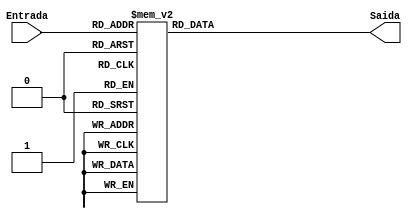
module BCDto7SegsVHDL(Entrada, Saida);
	input [3:0]Entrada;
	output reg [6:0]Saida;
	always @(*)
	begin
		case(Entrada)
			4'b0000:Saida = 7'b0000001;
			4'b0001:Saida = 7'b1001111;
			4'b0010:Saida = 7'b0010010;
			4'b0011:Saida = 7'b0000110;
			4'b0100:Saida = 7'b1001100;
			4'b0101:Saida = 7'b0100100;
			4'b0110:Saida = 7'b1100000;
			4'b0111:Saida = 7'b0001111;
			4'b1000:Saida = 7'b0000000;
			4'b1001:Saida = 7'b0001100;
			default:Saida = 7'b1111111;
		endcase
	end	
		
	
endmodule